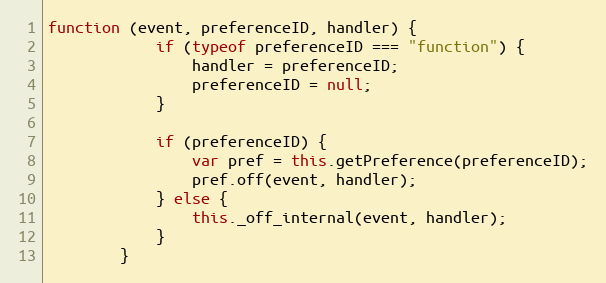
Language: JavaScript
function (event, preferenceID, handler) {
            if (typeof preferenceID === "function") {
                handler = preferenceID;
                preferenceID = null;
            }

            if (preferenceID) {
                var pref = this.getPreference(preferenceID);
                pref.off(event, handler);
            } else {
                this._off_internal(event, handler);
            }
        }